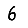
Digit: 6